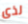
لذى